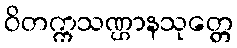
ဝိတက္ကသဏ္ဌာနသုတ္တေ